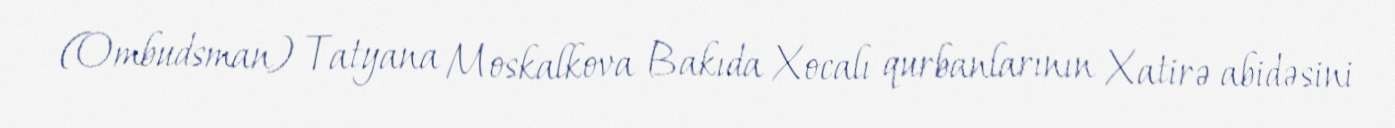
(Ombudsman) Tatyana Moskalkova Bakıda Xocalı qurbanlarının Xatirə abidəsini